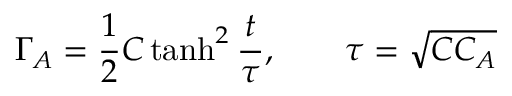
\Gamma _ { A } = \frac { 1 } { 2 } C \operatorname { t a n h } ^ { 2 } \frac { t } { \tau } , \qquad \tau = \sqrt { C C _ { A } }